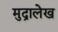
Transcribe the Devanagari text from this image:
मुद्रालेख